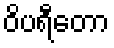
ဝိပရီတော